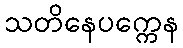
သတိနေပက္ကေန